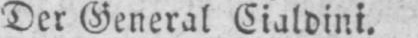
Der General Cialdini.